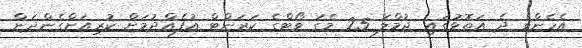
އެހެންވެ ދެ އަތޮޅުގައި ޖުމްލަ 25 މެގަ ވޯޓްގެ ކަރަންޓް އުފެއްދުމަށް ކުރިއަށްގެންދަން